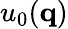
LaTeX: u_{0}(\mathbf{q})